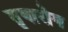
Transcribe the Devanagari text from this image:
तृषारोग